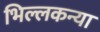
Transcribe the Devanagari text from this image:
भिल्लकन्या